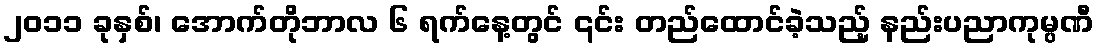
၂၀၁၁ ခုနှစ်၊ အောက်တိုဘာလ ၆ ရက်နေ့တွင် ၎င်း တည်ထောင်ခဲ့သည့် နည်းပညာကုမ္ပဏီ